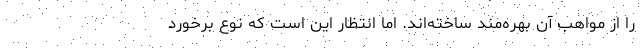
را از مواهب آن بهره‌مند ساخته‌اند. اما انتظار این است که نوع برخورد